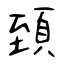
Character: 𩒐